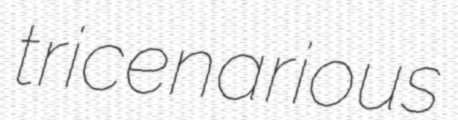
tricenarious